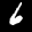
Label: 6